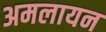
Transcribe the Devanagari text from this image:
अमलायन